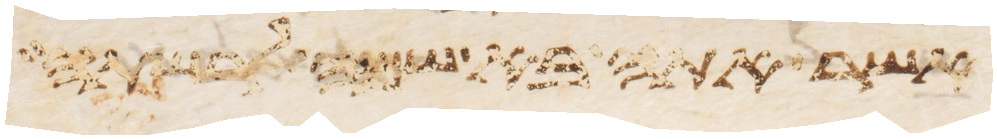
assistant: אשר אתה בא שמה לרשתה